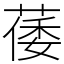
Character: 䔀